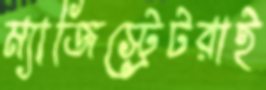
ম্যাজিস্ট্রেটরাই